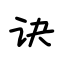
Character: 诀